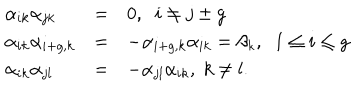
LaTeX: \begin{array} { l l l } { { \alpha _ { i k } \alpha _ { j k } } } & { { = } } & { { 0 , \; \; i \neq j \pm g } } \\ { { \alpha _ { i k } \alpha _ { i + g , k } } } & { { = } } & { { - \alpha _ { i + g , k } \alpha _ { i k } = \beta _ { k } , \; \; 1 \leq i \leq g } } \\ { { \alpha _ { i k } \alpha _ { j l } } } & { { = } } & { { - \alpha _ { j l } \alpha _ { i k } , \; k \neq l . } } \\ \end{array}